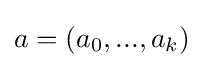
a=(a_{0},...,a_{k})